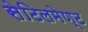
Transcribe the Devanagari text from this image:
सेटिलमेण्ट